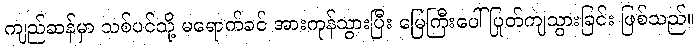
ကျည်ဆန်မှာ သစ်ပင်သို့ မရောက်ခင် အားကုန်သွားပြီး မြေကြီးပေါ် ပြုတ်ကျသွားခြင်း ဖြစ်သည်။